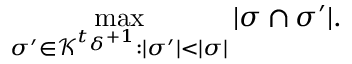
\operatorname* { m a x } _ { \sigma ^ { \prime } \in \mathcal { K } ^ { t _ { \delta } + 1 } : | \sigma ^ { \prime } | < | \sigma | } | \sigma \cap \sigma ^ { \prime } | .